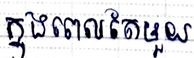
ក្នុងពេលតែមួយ